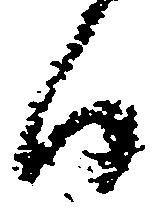
日